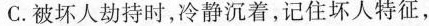
C.被坏人劫持时，冷静沉着，记住坏人特征，